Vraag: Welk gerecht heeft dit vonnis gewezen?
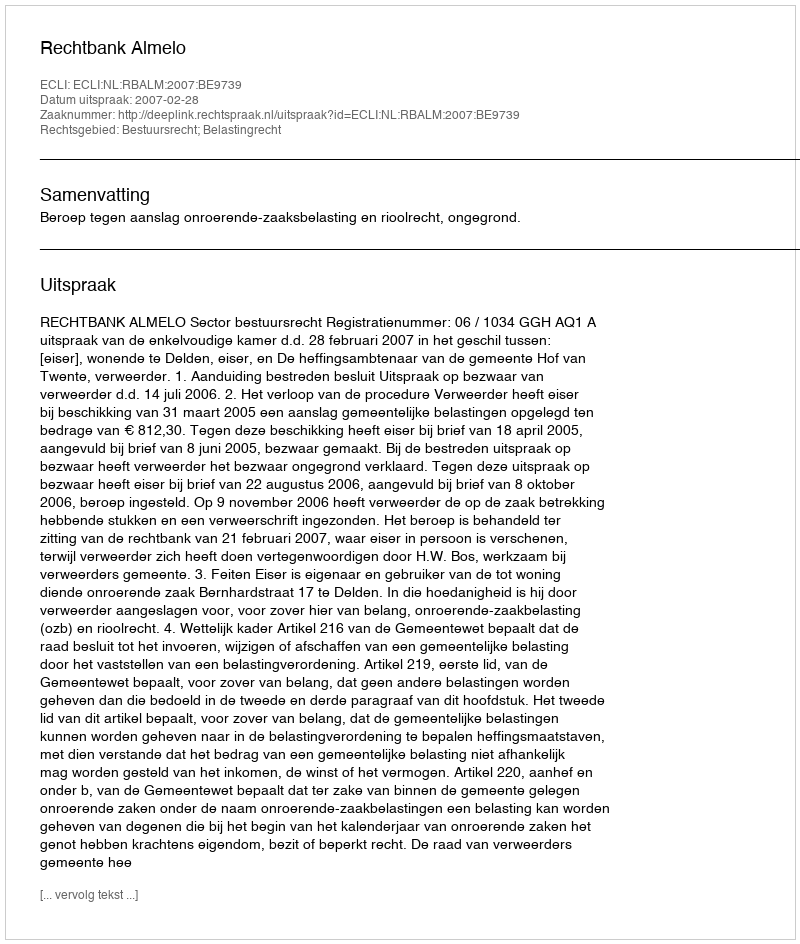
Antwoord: Rechtbank Almelo